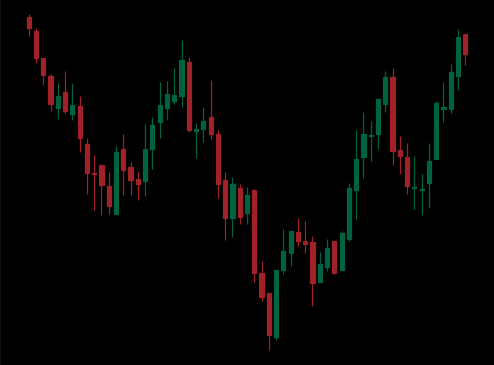
Pattern: inverse_head_shoulders